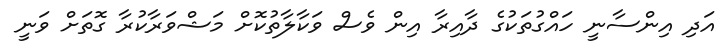
އަދި އިންސާނީ ހައްގުތަކުގެ ދާއިރާ އިން ވެސް ވަކާލާތުކޮށް މަޝްވަރާކުރާ ގޮތަށް ވަނީ